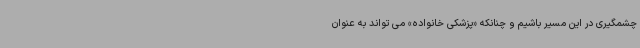
چشمگیری در این مسیر باشیم و چنانکه «پزشکی خانواده» می تواند به عنوان